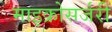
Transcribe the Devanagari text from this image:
माइक्रोसर्जरी